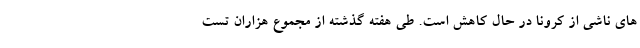
های ناشی از کرونا در حال کاهش است. طی هفته گذشته از مجموع هزاران تست